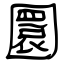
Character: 圜